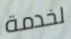
لخدمة